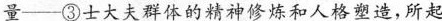
量——③\underline{士大夫群体的精神修炼和人格塑造}，所起